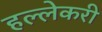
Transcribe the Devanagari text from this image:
हल्लेकरी